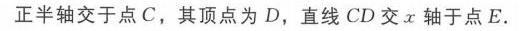
正半轴交于点 \(C\)，其顶点为 \(D\)，直线 \(CD\) 交 \(x\) 轴于点 \(E\).